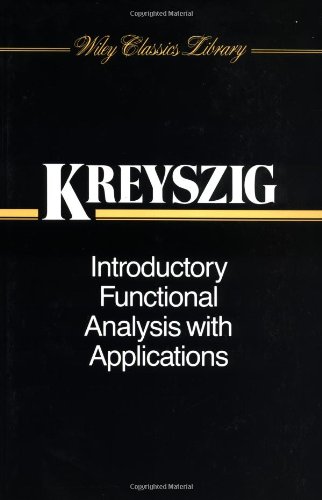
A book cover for Introductory Functional Analysis with Applications; Erwin Kreyszig; Science & Math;